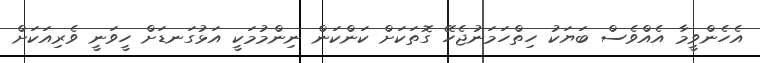
އެހެންވީމާ އެއްވެސް ބަޔަކު ހިތްހަމަނުޖެހޭ ގޮތަކަށް ކަންކަން ނިންމުމަކީ އަޅުގަނޑަށް ހީވަނީ ވެރިއަކަށް